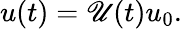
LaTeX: u(t)=\mathscr{U}(t)u_{0}.